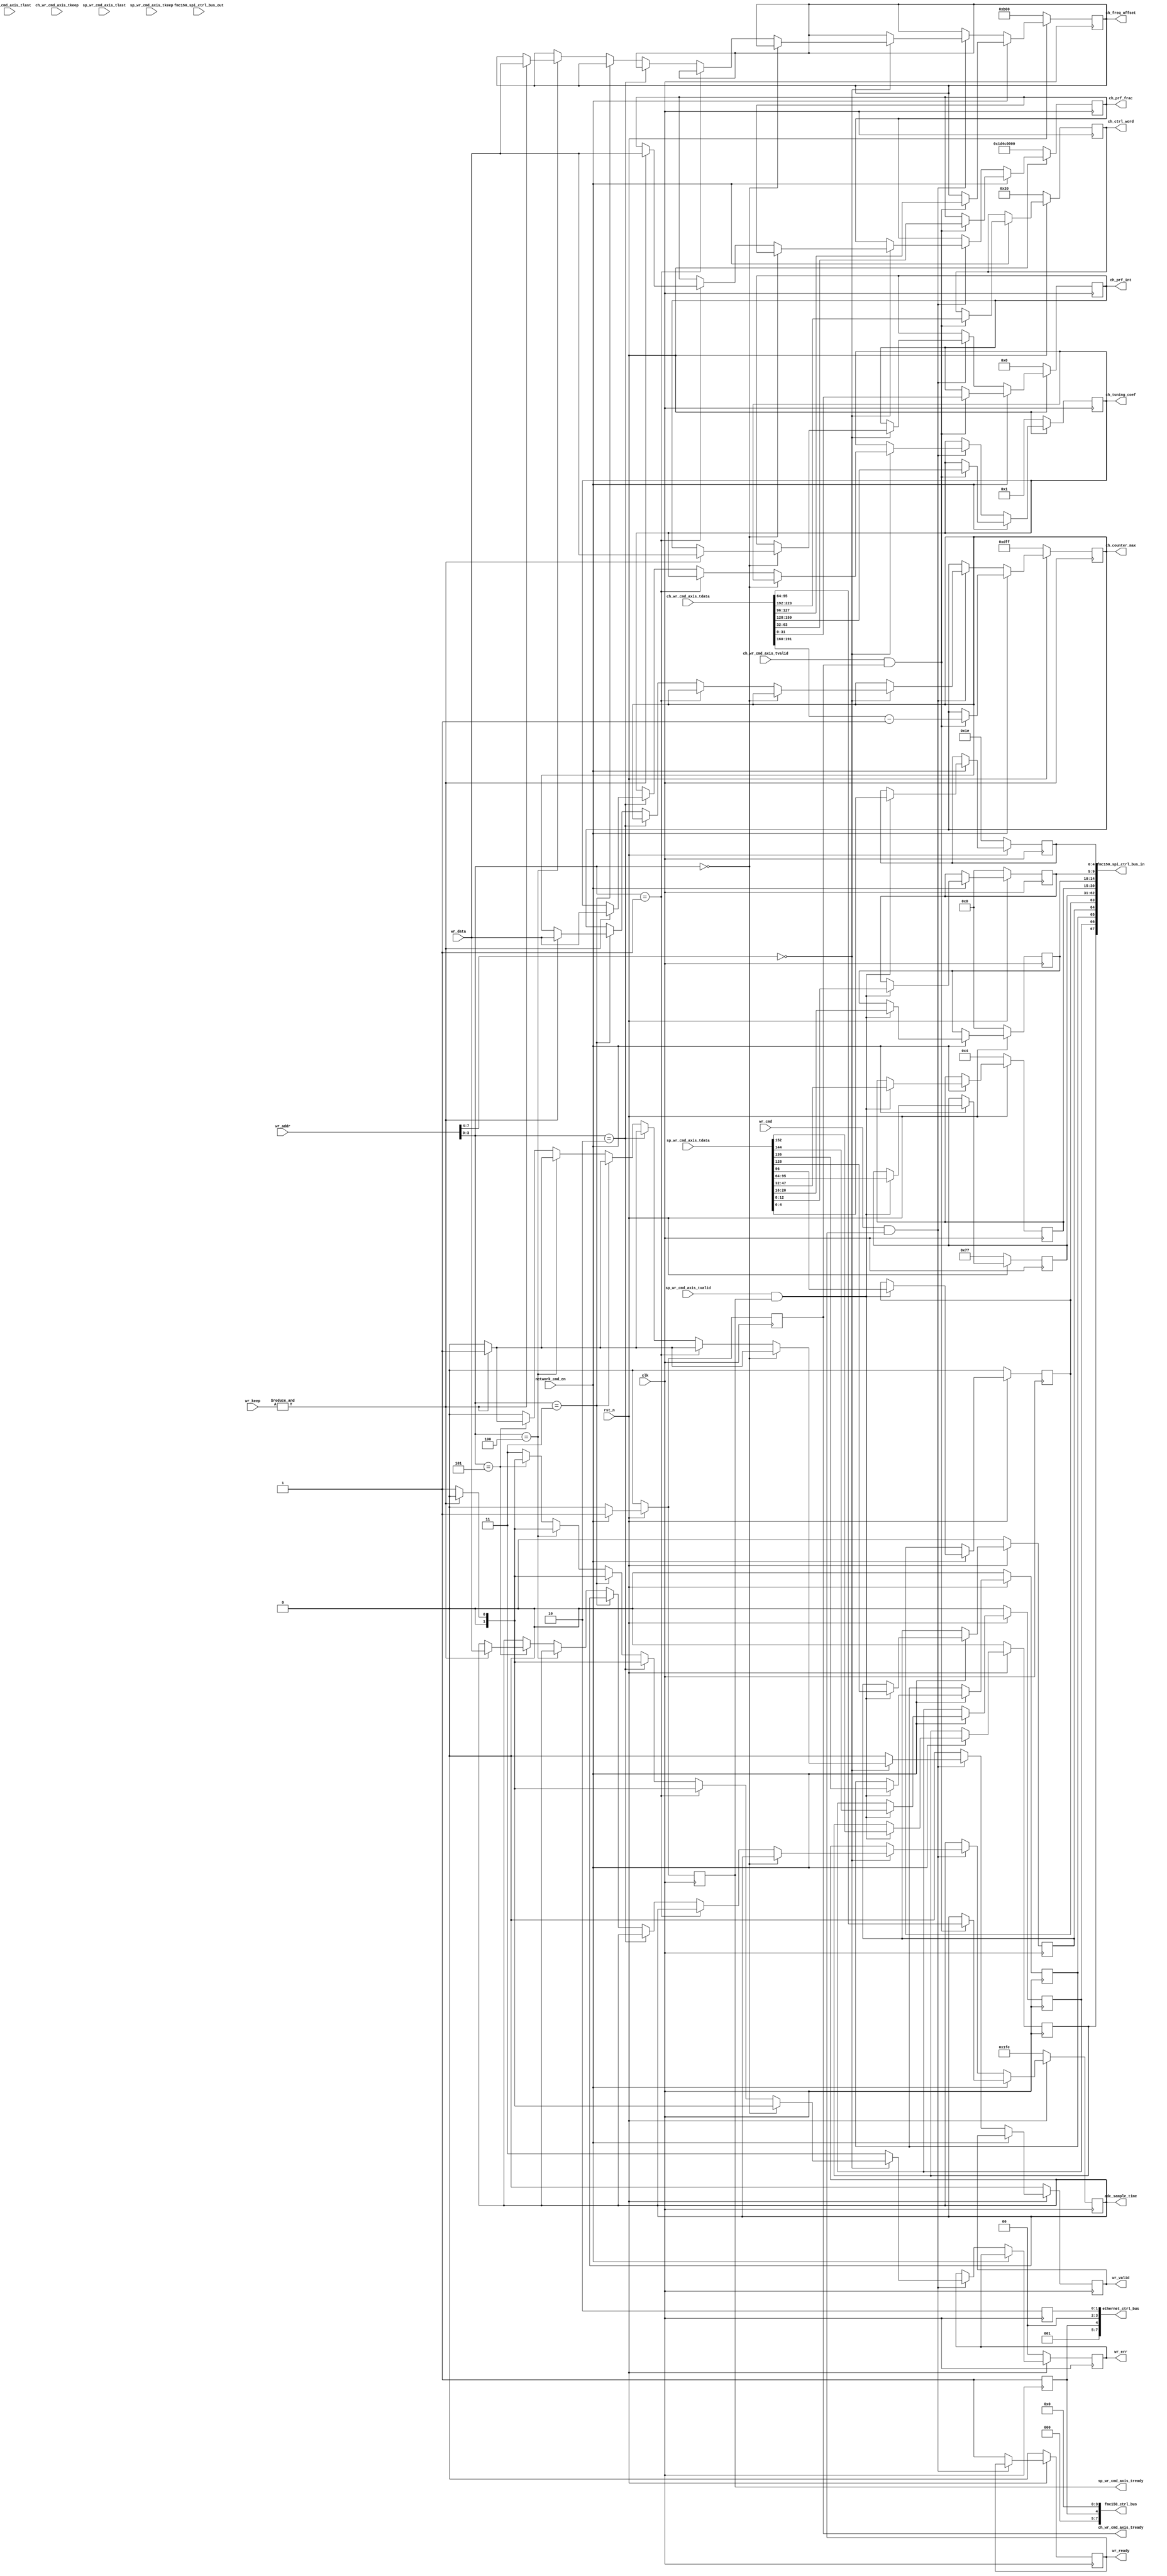

//////////////////////////////////////////////////////////////////////////////////
// Company: MiXIL
//
// Design Name:
// Module Name: config_reg_map
// Project Name:
// Target Devices:
// Tool Versions:
// Description:
//
// Dependencies:
//
// Revision:
// Revision 0.01 - File Created
// Additional Comments:
//
//////////////////////////////////////////////////////////////////////////////////

//--------------DDS Chirp Generation Parameters-------------------
//-- period = 4.17 us, BW = 46.08 MHz
//-- 491.52 Mhz clock, 4096 samples, 16 bit phase accumulator (n = 16)
//-- ch_tuning_coef = 3      for BW = 46.08 MHz (2048 samples)
//-- ch_tuning_coef = 4      for BW = 61.44 MHz (2048 samples)
//-- ch_tuning_coef = 1.5    for BW = 46.08 MHz (4096 samples)
//-- ch_tuning_coef = 2      for BW = 61.44 MHz (4096 samples)
//-- Calculated Using:
//--    ch_tuning_coef = BW*(2^n)/(num_samples*fClock)
//-- Taken From:
//--    ch_tuning_coef = period*slope*(2^n)/(num_samples*fClock)
//-- Where:
//--    slope = BW/period
//--    num_samples = period*fclock
//--
//-- Note: Derived From:
//--    tuning_word = rect[t/period] t*slope*(2^n)/fclock
//-- And:
//--     t = sample_count*period/num_samples
//-- Therefore:
//--    tuning_word = sample_count*tuning_coeff
//-- Push the initial freq beyon baseband:
//  min_freq = freq_offset*fclock/2^n
//-------------------------------------------------------------------
`timescale 1 ps/1 ps


// -----------------------
// -- Module Definition --
// -----------------------

module config_reg_map # (
parameter REG_ADDR_WIDTH                            = 8,
parameter CORE_DATA_WIDTH                           = 32,
parameter CORE_BE_WIDTH                             = CORE_DATA_WIDTH/8,

parameter RX_WR_CMD_DWIDTH                         = 224,
parameter RX_RD_CMD_DWIDTH                         = 32,

parameter  CHIRP_CLK_FREQ                           = 245760000,    // Hz

parameter ADC_SAMPLE_COUNT_INIT = 32'h000001fe, // 510 samples
parameter CHIRP_PRF_INT_COUNT_INIT = 32'h00000000,
parameter CHIRP_PRF_FRAC_COUNT_INIT = 32'h1d4c0000,  // 2 sec
parameter CHIRP_TUNING_COEF_INIT = 32'b1,
parameter CHIRP_COUNT_MAX_INIT = 32'h00000dff, // 3584 samples
parameter CHIRP_FREQ_OFFSET_INIT = 32'h0b00, // 2816 -> 10.56 MHz min freq
parameter CHIRP_CTRL_WORD_INIT = 32'h20,

parameter ADC_CLK_FREQ                              = 245.7
)
(

  input                               rst_n,
  input                               clk,


  input                                   wr_cmd,
  input [7:0]                             wr_addr,
  input [31:0]                            wr_data,
  input [31:0]                            wr_keep,
  output                                   wr_valid,
  output                                  wr_ready,
  output reg [1:0]                        wr_err,

  input                                 network_cmd_en,

  // // Decoded Commands from RGMII RX fifo
  // input [RX_WR_CMD_DWIDTH-1:0]         cmd_axis_tdata,
  // input                                 cmd_axis_tvalid,
  // input                                 cmd_axis_tlast,
  // input [RX_WR_CMD_DWIDTH/8-1:0]       cmd_axis_tkeep,
  // output                                cmd_axis_tready,
  // Decoded Commands from RGMII RX fifo
  input [RX_WR_CMD_DWIDTH-1:0]         ch_wr_cmd_axis_tdata,
  input                                 ch_wr_cmd_axis_tvalid,
  input                                 ch_wr_cmd_axis_tlast,
  input [RX_WR_CMD_DWIDTH/8-1:0]       ch_wr_cmd_axis_tkeep,
  output                                ch_wr_cmd_axis_tready,

  // Decoded Commands from RGMII RX fifo
  input [RX_WR_CMD_DWIDTH-1:0]         sp_wr_cmd_axis_tdata,
  input                                 sp_wr_cmd_axis_tvalid,
  input                                 sp_wr_cmd_axis_tlast,
  input [RX_WR_CMD_DWIDTH/8-1:0]       sp_wr_cmd_axis_tkeep,
  output                                sp_wr_cmd_axis_tready,

 // input [7:0]                             gpio_dip_sw,
  // Chirp Control registers
  output reg [31:0]                 ch_prf_int = CHIRP_PRF_INT_COUNT_INIT, // prf in sec
  output reg [31:0]                 ch_prf_frac = CHIRP_PRF_FRAC_COUNT_INIT, //10*CHIRP_CLK_FREQ;  = 245760000  (10 sec)

  // Chirp Waveform Configuration registers
  output reg [31:0]                 ch_tuning_coef = CHIRP_TUNING_COEF_INIT,
  output reg [31:0]                 ch_counter_max = CHIRP_COUNT_MAX_INIT,
  output reg [31:0]                 ch_freq_offset = CHIRP_FREQ_OFFSET_INIT,
  output reg [31:0]                 ch_ctrl_word = CHIRP_CTRL_WORD_INIT,

  // ADC Sample time after chirp data_tx_done -
  output reg [31:0]                 adc_sample_time = ADC_SAMPLE_COUNT_INIT,
  // FMC150 Mode Control
  output [7:0] fmc150_ctrl_bus,
  // output reg ddc_duc_bypass                         = 1'b1, // dip_sw(3)
  // output reg digital_mode                           = 1'b0,
  // output reg adc_out_dac_in                         = 1'b0,
  // output reg external_clock                         = 1'b0,
  // output reg gen_adc_test_pattern                   = 1'b0,

  output [67:0] fmc150_spi_ctrl_bus_in,       // to fmc150
  input [47:0] fmc150_spi_ctrl_bus_out,       // from fmc150

  // -- Set_CH_A_iDelay <= fmc150_spi_ctrl_bus_in(4 downto 0);
  // -- Set_CH_B_iDelay <= fmc150_spi_ctrl_bus_in(9 downto 5);
  // -- Set_CLK_iDelay <= fmc150_spi_ctrl_bus_in(14 downto 10);
  // -- Register_Address <= fmc150_spi_ctrl_bus_in(30 downto 15);
  // -- SPI_Register_Data_to_FMC150 <= fmc150_spi_ctrl_bus_in(62 downto 31);
  // -- RW(0 downto 0)        <= fmc150_spi_ctrl_bus_in(63 downto 63);
  // -- CDCE72010(0 downto 0) <= fmc150_spi_ctrl_bus_in(64 downto 64);
  // -- ADS62P49(0 downto 0)  <= fmc150_spi_ctrl_bus_in(65 downto 65);
  // -- DAC3283(0 downto 0)   <= fmc150_spi_ctrl_bus_in(66 downto 66);
  // -- AMC7823(0 downto 0)   <= fmc150_spi_ctrl_bus_in(67 downto 67);


  // Ethernet Control Signals
  output [7:0] ethernet_ctrl_bus
  // output reg enable_adc_pkt                         = 1'b1, //dip_sw(1)
  // output reg gen_tx_data                            = 1'b0,
  // output reg chk_tx_data                            = 1'b0,
  // output reg [1:0] mac_speed                        = 2'b10 // {dip_sw(0),~dip_sw(0)}

);

reg wr_ready_reg                                    = 1'b0;
reg wr_valid_reg                                    = 1'b0;
reg wr_cmd_reg                                      = 1'b0;
reg [7:0] wr_addr_reg;
reg [31:0] wr_data_reg;
reg [31:0] wr_keep_reg;

reg ddc_duc_bypass_r = 1'b1;                        // dip_sw(3)
wire ddc_duc_bypass;
wire digital_mode;
wire adc_out_dac_in;
wire external_clock;
wire gen_adc_test_pattern;

reg [4:0] Set_CH_A_iDelay = 5'h1e;
reg [4:0] Set_CH_B_iDelay = 5'h00;
reg [4:0] Set_CLK_iDelay = 5'h00;
reg [15:0] Register_Address = 16'h0004;
reg [31:0] SPI_Register_Data_to_FMC150 = 32'h00000077;
reg RW = 0;
reg CDCE72010 = 0;
reg ADS62P49 = 0;
reg DAC3283 = 0;
reg AMC7823 = 0;

reg ch_wr_cmd_axis_tready_int;
reg sp_wr_cmd_axis_tready_int;

wire gen_tx_data;                           // depricated
wire chk_tx_data;                          // depticated
wire enable_adc_pkt;
wire [1:0] mac_speed;
reg enable_adc_pkt_r = 1'b1;                        //dip_sw(1)
reg [1:0] mac_speed_r = 2'b10;                        // {dip_sw[0],~dip_sw[0]};

wire [3:0] addr_up;
wire [3:0] addr_low;



assign wr_ready                                     = wr_ready_reg;
assign wr_valid                                     = wr_valid_reg;

assign fmc150_ctrl_bus = {3'b0,ddc_duc_bypass,digital_mode,adc_out_dac_in,external_clock,gen_adc_test_pattern};
assign ddc_duc_bypass = ddc_duc_bypass_r;
assign digital_mode                           = 1'b0;
assign adc_out_dac_in                         = 1'b0;
assign external_clock                         = 1'b0;
assign gen_adc_test_pattern                   = 1'b0;

assign fmc150_spi_ctrl_bus_in = {AMC7823,DAC3283,ADS62P49,CDCE72010,RW,SPI_Register_Data_to_FMC150,Register_Address,Set_CLK_iDelay,Set_CH_B_iDelay,Set_CH_A_iDelay};


assign ethernet_ctrl_bus = {2'b0,1'b1,enable_adc_pkt,gen_tx_data,chk_tx_data,mac_speed};
assign enable_adc_pkt = enable_adc_pkt_r;
assign mac_speed = mac_speed_r;
assign gen_tx_data = 1'b0;
assign chk_tx_data = 1'b0;


always @(posedge clk)
begin
  if (!rst_n)
    ch_wr_cmd_axis_tready_int <= 1'b0;
  else if (network_cmd_en)
    ch_wr_cmd_axis_tready_int <= 1'b1;
  else
    ch_wr_cmd_axis_tready_int <= 1'b0;
end

assign ch_wr_cmd_axis_tready = ch_wr_cmd_axis_tready_int;

always @(posedge clk)
begin
  if (!rst_n)
    sp_wr_cmd_axis_tready_int <= 1'b0;
  else if (network_cmd_en)
    sp_wr_cmd_axis_tready_int <= 1'b1;
  else
    sp_wr_cmd_axis_tready_int <= 1'b0;
end

assign sp_wr_cmd_axis_tready = sp_wr_cmd_axis_tready_int;

always @(posedge clk)
begin
    ddc_duc_bypass_r <= 1'b1;//gpio_dip_sw[3];
end

always @(posedge clk)
begin
    enable_adc_pkt_r <= 1'b1;//gpio_dip_sw[1];
    mac_speed_r <= 2'b10; //{gpio_dip_sw[0],~gpio_dip_sw[0]};
end

always @(posedge clk)
begin
  if (!rst_n) begin
    wr_ready_reg                                   <= 1'b0;
    wr_cmd_reg                                     <= 1'b0;
  end else if (wr_cmd & wr_ready_reg) begin
    wr_cmd_reg                                     <= wr_cmd;
    wr_addr_reg                                    <= wr_addr;
    wr_data_reg                                    <= wr_data;
    wr_keep_reg                                    <= wr_keep;
    //wr_valid_reg <= 1'b1;
  end else begin
    wr_cmd_reg                                     <= 1'b0;
    wr_ready_reg                                   <= 1'b1;
  end
end

assign addr_up                                      = wr_addr[7:4];
assign addr_low                                     = wr_addr[3:0];

always @(posedge clk)
begin
if (!rst_n) begin
  Set_CH_A_iDelay             <= 5'h1e; //fmc150_spi_ctrl_bus_in(4 downto 0);
  Set_CH_B_iDelay             <= 5'h00; //fmc150_spi_ctrl_bus_in(9 downto 5);
  Set_CLK_iDelay              <= 5'h00; //fmc150_spi_ctrl_bus_in(14 downto 10);
  Register_Address            <= 16'h0004; //fmc150_spi_ctrl_bus_in(30 downto 15);
  SPI_Register_Data_to_FMC150 <= 32'h00000077; //fmc150_spi_ctrl_bus_in(62 downto 31);
  RW        <= 1'b0; //fmc150_spi_ctrl_bus_in(63 downto 63);
  CDCE72010 <= 1'b0; //fmc150_spi_ctrl_bus_in(64 downto 64);
  ADS62P49  <= 1'b0; //fmc150_spi_ctrl_bus_in(65 downto 65);
  DAC3283   <= 1'b0; //fmc150_spi_ctrl_bus_in(66 downto 66);
  AMC7823   <= 1'b0; //fmc150_spi_ctrl_bus_in(67 downto 67);
end else if(network_cmd_en) begin
    if (sp_wr_cmd_axis_tvalid & sp_wr_cmd_axis_tready_int) begin
      Set_CH_A_iDelay             <= sp_wr_cmd_axis_tdata[4:0]; //fmc150_spi_ctrl_bus_in(4 downto 0);
      Set_CH_B_iDelay             <= sp_wr_cmd_axis_tdata[12:8]; //fmc150_spi_ctrl_bus_in(9 downto 5);
      Set_CLK_iDelay              <= sp_wr_cmd_axis_tdata[20:16]; //fmc150_spi_ctrl_bus_in(14 downto 10);
      Register_Address            <= sp_wr_cmd_axis_tdata[47:32]; //fmc150_spi_ctrl_bus_in(30 downto 15);
      SPI_Register_Data_to_FMC150 <= sp_wr_cmd_axis_tdata[95:64]; //fmc150_spi_ctrl_bus_in(62 downto 31);
      RW        <= sp_wr_cmd_axis_tdata[96]; //fmc150_spi_ctrl_bus_in(63 downto 63);
      CDCE72010 <= sp_wr_cmd_axis_tdata[128]; //fmc150_spi_ctrl_bus_in(64 downto 64);
      ADS62P49  <= sp_wr_cmd_axis_tdata[136]; //fmc150_spi_ctrl_bus_in(65 downto 65);
      DAC3283   <= sp_wr_cmd_axis_tdata[144]; //fmc150_spi_ctrl_bus_in(66 downto 66);
      AMC7823   <= sp_wr_cmd_axis_tdata[152]; //fmc150_spi_ctrl_bus_in(67 downto 67);
    end else begin
      Set_CH_A_iDelay             <= Set_CH_A_iDelay; //fmc150_spi_ctrl_bus_in(4 downto 0);
      Set_CH_B_iDelay             <= Set_CH_B_iDelay; //fmc150_spi_ctrl_bus_in(9 downto 5);
      Set_CLK_iDelay              <= Set_CLK_iDelay; //fmc150_spi_ctrl_bus_in(14 downto 10);
      Register_Address            <= Register_Address; //fmc150_spi_ctrl_bus_in(30 downto 15);
      SPI_Register_Data_to_FMC150 <= SPI_Register_Data_to_FMC150; //fmc150_spi_ctrl_bus_in(62 downto 31);
      RW        <= RW; //fmc150_spi_ctrl_bus_in(63 downto 63);
      CDCE72010 <= CDCE72010; //fmc150_spi_ctrl_bus_in(64 downto 64);
      ADS62P49  <= ADS62P49; //fmc150_spi_ctrl_bus_in(65 downto 65);
      DAC3283   <= DAC3283; //fmc150_spi_ctrl_bus_in(66 downto 66);
      AMC7823   <= AMC7823; //fmc150_spi_ctrl_bus_in(67 downto 67);
    end
end
end


always @(posedge clk)
begin
  if (!rst_n) begin
        wr_valid_reg                                   <= 1'b0;
        wr_err                                   <= 2'b0;
      // Chirp Control registers
      ch_prf_int           <= CHIRP_PRF_INT_COUNT_INIT; // prf in sec
      ch_prf_frac          <= CHIRP_PRF_FRAC_COUNT_INIT;
      ch_tuning_coef       <= CHIRP_TUNING_COEF_INIT;//32'b1;
      ch_counter_max      <= CHIRP_COUNT_MAX_INIT;//32'h00000fff;
      ch_freq_offset       <= CHIRP_FREQ_OFFSET_INIT; //32'h0600;
      ch_ctrl_word         <= CHIRP_CTRL_WORD_INIT; //32'h20;
      adc_sample_time      <= ADC_SAMPLE_COUNT_INIT;

  end else if(network_cmd_en) begin
    if (ch_wr_cmd_axis_tvalid & ch_wr_cmd_axis_tready_int) begin
      ch_prf_int <= ch_wr_cmd_axis_tdata[31:0];
      ch_prf_frac <= ch_wr_cmd_axis_tdata[63:32];
      adc_sample_time <= ch_wr_cmd_axis_tdata[95:64];
      ch_freq_offset <= ch_wr_cmd_axis_tdata[127:96];
      ch_tuning_coef<= ch_wr_cmd_axis_tdata[159:128];
      ch_counter_max <= ch_wr_cmd_axis_tdata[191:160]-1'b1;
      ch_ctrl_word <= ch_wr_cmd_axis_tdata[223:192];
    end else begin
      ch_prf_int <= ch_prf_int;
      ch_prf_frac <= ch_prf_frac;
      adc_sample_time <= adc_sample_time;
      ch_freq_offset <= ch_freq_offset;
      ch_tuning_coef<= ch_tuning_coef;
      ch_counter_max <= ch_counter_max;
      ch_ctrl_word <= ch_ctrl_word;
    end
  end else if(wr_cmd & wr_ready_reg) begin

    if (addr_up == 4'b0000) begin
      if (addr_low == 4'b0000) begin
        if (&wr_keep[31:0]) begin
          ch_prf_int                               <= wr_data;
          wr_valid_reg                             <= 1'b1;
          wr_err                                   <= 2'b0;
        end else begin
          wr_valid_reg                             <= 1'b0;
          wr_err                                   <= 2'b01;
        end
      end else if (addr_low == 4'b0001) begin
        if (&wr_keep[31:0]) begin
          ch_prf_frac                              <= wr_data;
          wr_valid_reg                             <= 1'b1;
          wr_err                                   <= 2'b0;
        end else begin
          wr_valid_reg                             <= 1'b0;
          wr_err                                   <= 2'b01;
        end
      end else if (addr_low == 4'b0010) begin
        if (&wr_keep[31:0]) begin
          ch_tuning_coef                           <= wr_data;
          wr_valid_reg                             <= 1'b1;
          wr_err                                   <= 2'b0;
        end else begin
          wr_valid_reg                             <= 1'b0;
          wr_err                                   <= 2'b01;
        end
      end else if (addr_low == 4'b0011) begin
        if (&wr_keep[31:0]) begin
          ch_counter_max                          <= wr_data;
          wr_valid_reg                             <= 1'b1;
          wr_err                                   <= 2'b0;
        end else begin
          wr_valid_reg                             <= 1'b0;
          wr_err                                   <= 2'b01;
        end
      end else if (addr_low == 4'b0100) begin
        if (&wr_keep[31:0]) begin
          ch_freq_offset                           <= wr_data;
          wr_valid_reg                             <= 1'b1;
          wr_err                                   <= 2'b0;
        end else begin
          wr_valid_reg                             <= 1'b0;
          wr_err                                   <= 2'b01;
        end
      end else if (addr_low == 4'b0101) begin
        if (&wr_keep[31:0]) begin
          adc_sample_time                          <= wr_data;
          wr_valid_reg                             <= 1'b1;
          wr_err                                   <= 2'b0;
        end else begin
          wr_valid_reg                             <= 1'b0;
          wr_err                                   <= 2'b01;
        end
      end else begin
        wr_valid_reg                               <= 1'b0;
        wr_err                                     <= 2'b11;
      end
    end else begin
      wr_valid_reg                                 <= 1'b0;
      wr_err                                       <= 2'b11;
    end
  end else begin
    wr_valid_reg                                   <= 1'b0;
  end
end





endmodule